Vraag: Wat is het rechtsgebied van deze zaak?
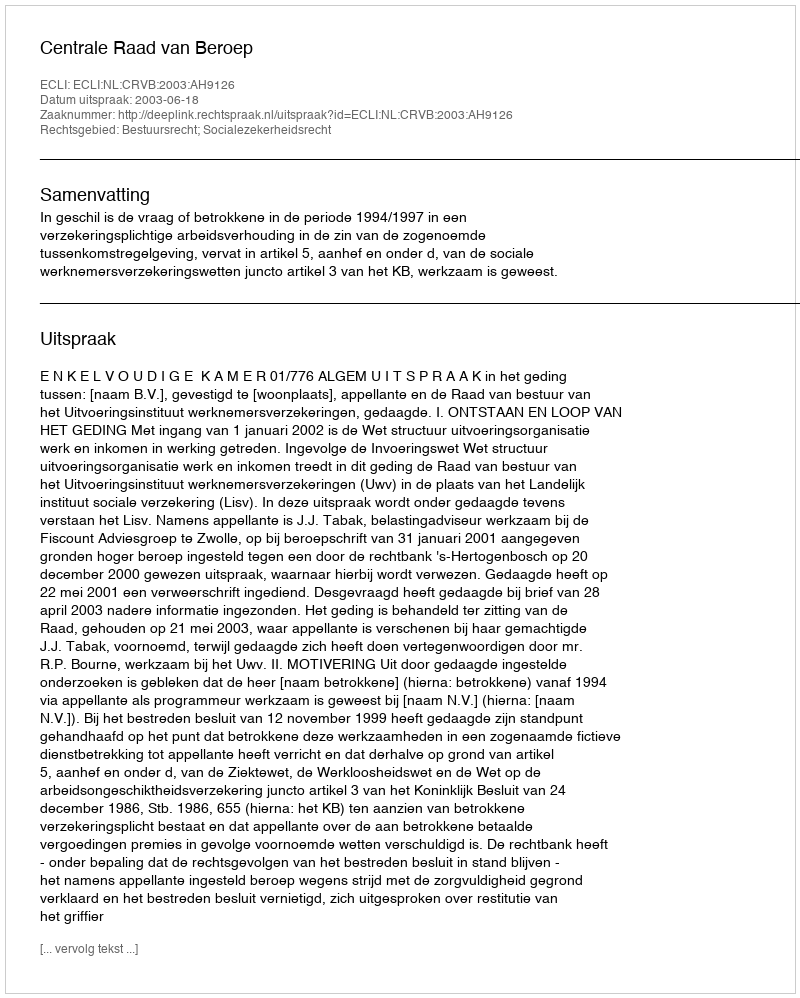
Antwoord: Bestuursrecht; Socialezekerheidsrecht